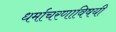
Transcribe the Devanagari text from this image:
धर्माचरणाविषयी